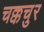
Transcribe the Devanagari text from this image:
चक्कचुर